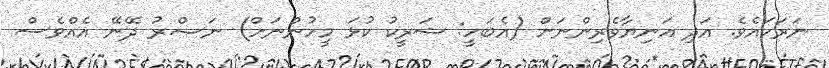
ނަރަކައެވެ. އަދި އަނިޔާވެރިންނަށް (އެބަހީ: ޝަރީކު ކުޅަ މީހުންނަށް) ނަޞްރު ދޭނޭ އެއްވެސް